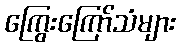
ကြွေးကြော်သံများ